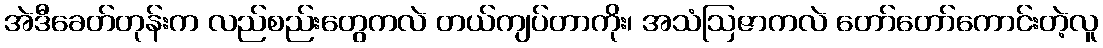
အဲဒီခေတ်တုန်းက လည်စည်းတွေကလဲ တယ်ကျပ်တာကိုး၊ အသံဩဇာကလဲ တော်တော်ကောင်းတဲ့လူ